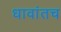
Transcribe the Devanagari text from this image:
धावांतच